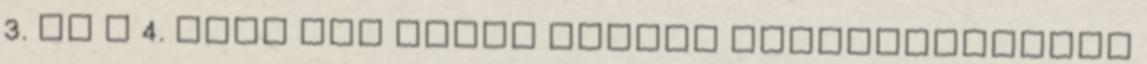
3. és a 4. ábra egy adott fúvóka jelleggörbéjét